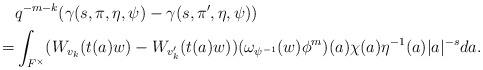
\begin{align*}&q^{-m-k}(\gamma(s,\pi,\eta,\psi)-\gamma(s,\pi',\eta,\psi))\\=&\int_{F^\times} ( W_{v_k}(t(a)w)-W_{v_k'}(t(a)w))(\omega_{\psi^{-1}}(w)\phi^m)(a)\chi(a)\eta^{-1}(a)|a|^{-s} da.\end{align*}